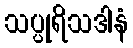
သပ္ပုရိသဒါနံ